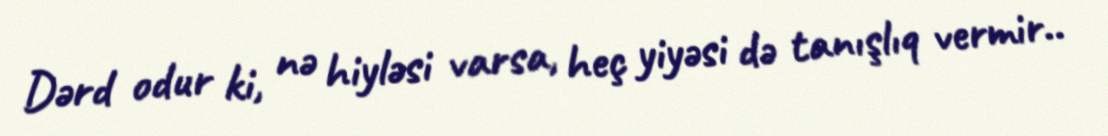
Dərd odur ki, nə hiyləsi varsa, heç yiyəsi də tanışlıq vermir..